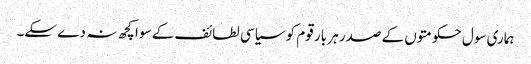
ہماری سول حکومتوں کے صدر ہر بار قوم کو سیاسی لطائف کے سوا کچھ نہ دے سکے۔